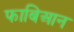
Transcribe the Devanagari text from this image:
फाबिआन